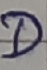
Text: D